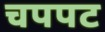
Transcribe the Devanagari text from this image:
चपपट